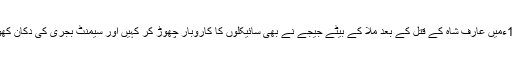
1967ءمیں عارف شاہ کے قتل کے بعد ملّا کے بیٹے جیجے نے بھی سائیکلوں کا کاروبار چھوڑ کر کہیں اور سیمنٹ بجری کی دکان کھول لی۔